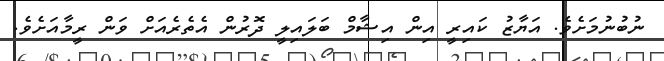
ނުބުނުމަށެވެ. އަޔާޒު ކައިރީ އިން އިޝާމް ބަލައިލީ ދޮރުން އެތެރެއަށް ވަން ރީމާއަށެވެ.